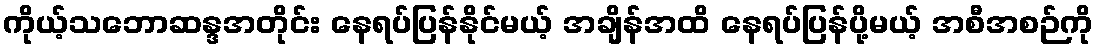
ကိုယ့်သဘောဆန္ဒအတိုင်း နေရပ်ပြန်နိုင်မယ့် အချိန်အထိ နေရပ်ပြန်ပို့မယ့် အစီအစဉ်ကို